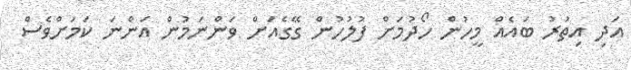
އަދި އިތުރު ބައެއް މީހުން ހޯދުމަށް ފުލުހުން ގޭގެއަށް ވަންނަމުން އަންނަ ކަމަށްވެސް